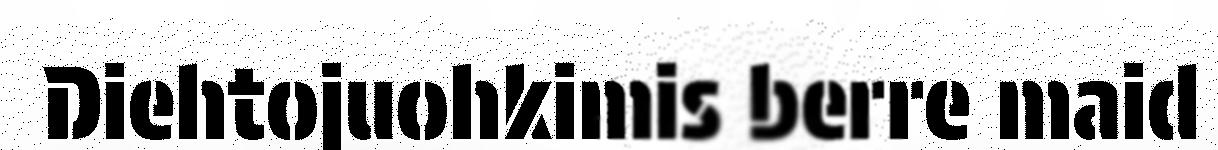
Diehtojuohkimis berre maid